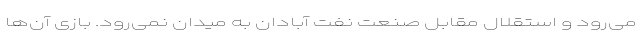
می‌رود و استقلال مقابل صنعت نفت آبادان به میدان نمی‌رود. بازی آن‌ها